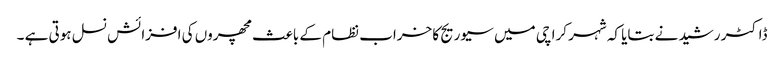
ڈاکٹر رشید نے بتایا کہ شہر کرا چی میں سیوریج کا خراب نظام کے باعث مچھروں کی افزائش نسل ہوتی ہے ۔